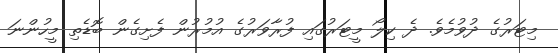
މިޓަރުގެ ދުވުމެވެ. ދެ ކިލޯ މީޓަރުގައި ފުރާވަރުގެ އުމުރުން ފެށިގެން ބޮޑެތި މީހުންނަ